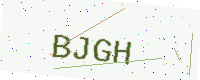
Text: BJGH